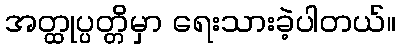
အတ္ထုပ္ပတ္တိမှာ ရေးသားခဲ့ပါတယ်။